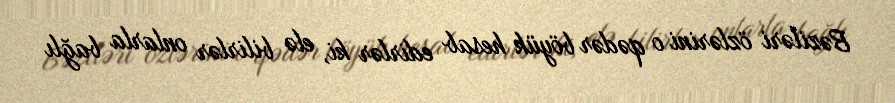
Bəziləri özlərini o qədər böyük hesab edirlər ki, elə bilirlər onlarla bağlı